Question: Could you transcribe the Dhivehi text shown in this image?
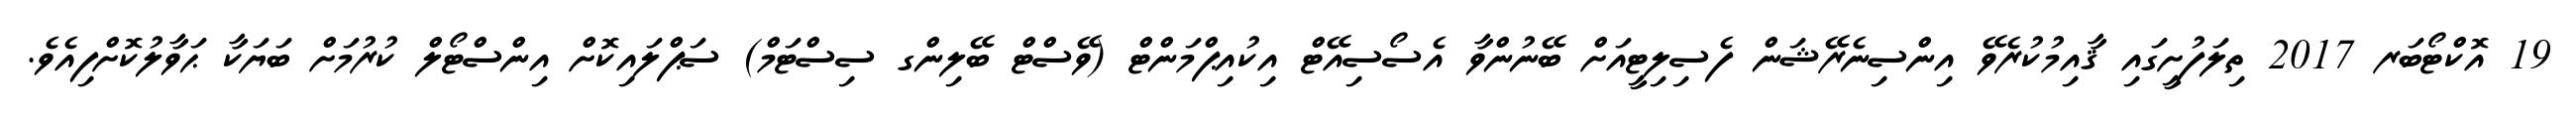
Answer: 19 އޮކްޓޯބަރ 2017 ތިލަފުށީގައި ޤާއިމުކުރެވޭ އިންސިނެރޭޝަން ފެސިލިޓީއަށް ބޭނުންވާ އެސޯސިއޭޓް އިކުއިޕްމަންޓް (ވޭސްޓް ބޭލިންގ ސިސްޓަމް) ސަޕްލައިކޮށް އިންސްޓޯލް ކުރުމަށް ބަޔަކާ ޙަވާލުކޮށްފިއެވެ.